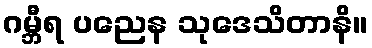
ဂမ္ဘီရ ပညေန သုဒေသိတာနိ။